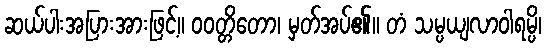
ဆယ်ပါးအပြားအားဖြင့်။ ဝဝတ္တိတော၊ မှတ်အပ်၏။ တံ သမ္ပယျလာဝါရမ္ပိ၊